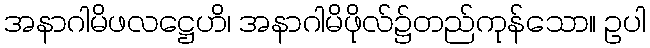
အနာဂါမိဖလဋ္ဌေဟိ၊ အနာဂါမိဖိုလ်၌တည်ကုန်သော။ ဥပါ